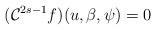
LaTeX: \begin{align*}(\mathcal{C}^{2s-1}f)(u,\beta,\psi) = 0 \end{align*}